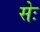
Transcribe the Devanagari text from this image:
सेः